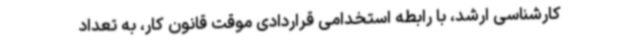
کارشناسی ارشد، با رابطه استخدامی قراردادی موقت قانون کار، به تعداد